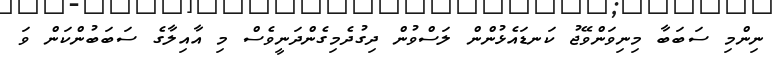
ނިންމި ސަބަބާ މިނިވަންވޭޖު ކަނޑައެޅުންން ލަސްވުން ދިގުދެމިގެންދަނީވެސް މި އާއިލާގެ ސަބަބުންކަން ވަ